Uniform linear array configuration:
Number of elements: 4
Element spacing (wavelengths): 1
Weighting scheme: hamming
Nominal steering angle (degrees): -45
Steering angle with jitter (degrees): -44.449
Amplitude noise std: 0.05
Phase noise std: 0.05

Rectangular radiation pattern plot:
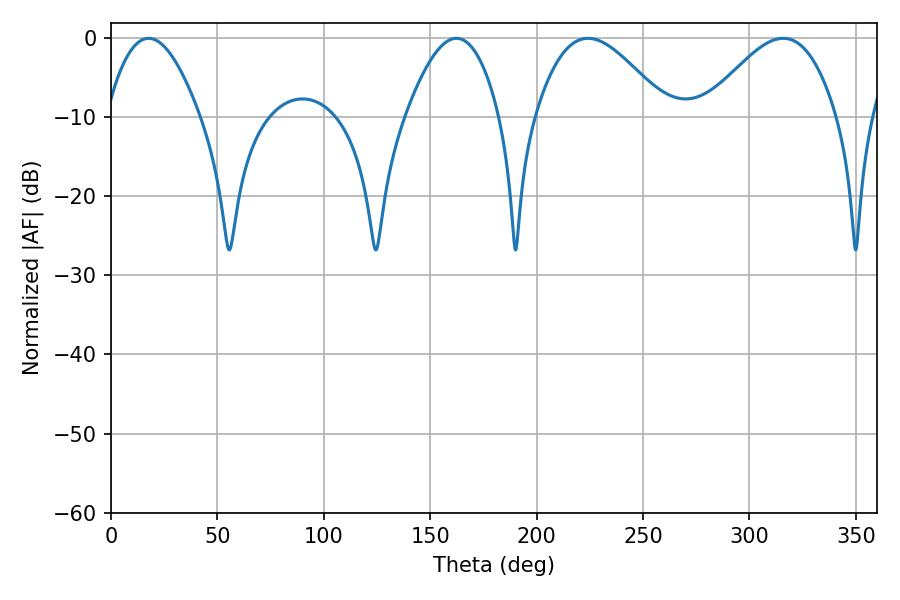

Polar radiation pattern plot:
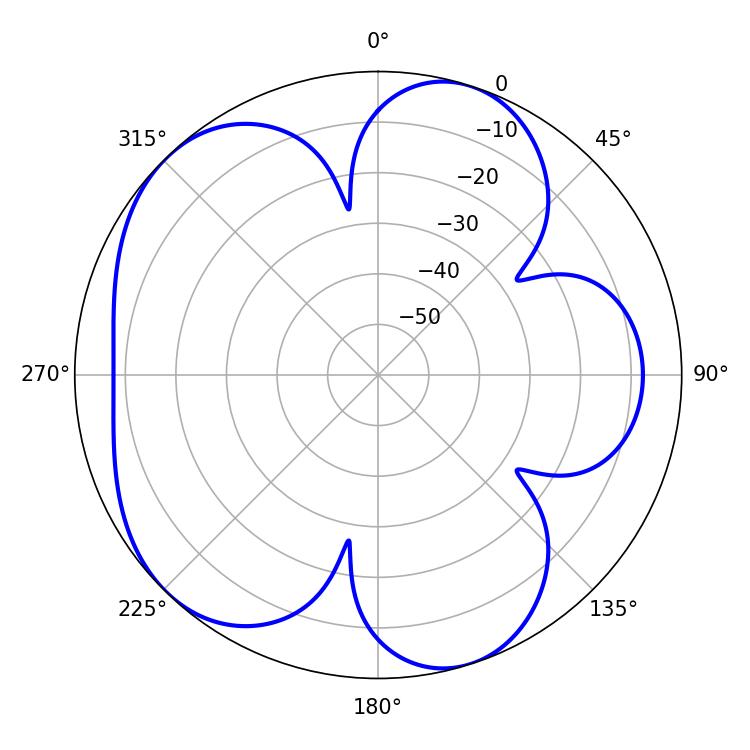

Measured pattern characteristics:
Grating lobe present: TRUE
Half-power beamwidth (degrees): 33.3
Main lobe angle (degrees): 224.1